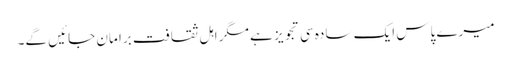
میرے پاس ایک سادہ سی تجویز ہے مگر اہل ثقافت برا مان جائیں گے۔